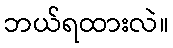
ဘယ်ရထားလဲ။